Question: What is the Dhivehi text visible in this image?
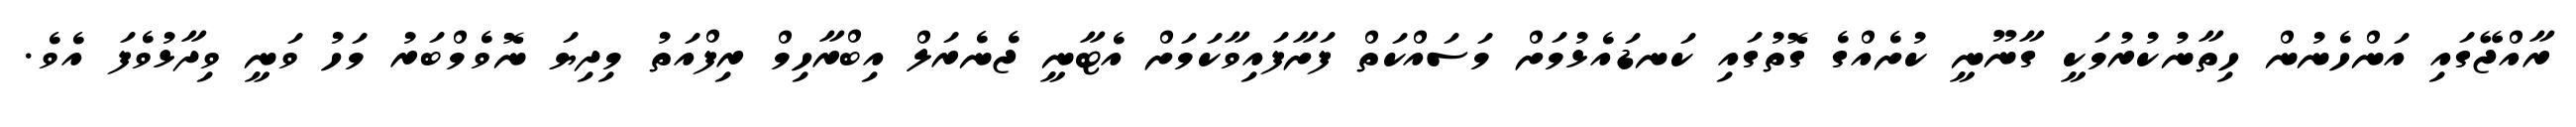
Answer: ރާއްޖޭގައި އަންހެނުން ހިތާނުކުރުމަކީ ގާނޫނީ ކުށެއްގެ ގޮތުގައި ކަނޑައެޅުމަށް މަސައްކަތް ފަށާފައިވާކަމަށް އެޓާނީ ޖެނެރަލް އިބްރާހިމް ރިފްއަތު މިދިޔަ ނޮވެމްބަރު މަހު ވަނީ ވިދާޅުވެފަ އެވެ.